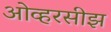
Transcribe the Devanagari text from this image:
ओव्हरसीझ